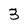
Character: 3